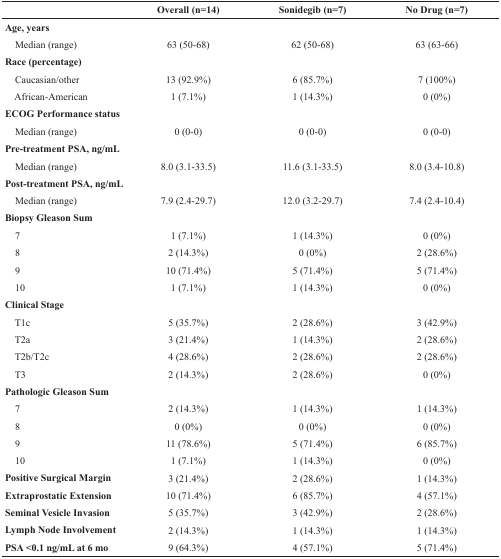
<table><thead><tr><td></td><td><b>Overall (n=14)</b></td><td><b>Sonidegib (n=7)</b></td><td><b>No Drug (n=7)</b></td></tr></thead><tbody><tr><td><b>Age, years</b></td><td></td><td></td><td></td></tr><tr><td> Median (range)</td><td>63 (50-68)</td><td>62 (50-68)</td><td>63 (63-66)</td></tr><tr><td><b>Race (percentage)</b></td><td></td><td></td><td></td></tr><tr><td> Caucasian/other</td><td>13 (92.9%)</td><td>6 (85.7%)</td><td>7 (100%)</td></tr><tr><td> African-American</td><td>1 (7.1%)</td><td>1 (14.3%)</td><td>0 (0%)</td></tr><tr><td><b>ECOG Performance status</b></td><td></td><td></td><td></td></tr><tr><td> Median (range)</td><td>0 (0-0)</td><td>0 (0-0)</td><td>0 (0-0)</td></tr><tr><td><b>Pre-treatment PSA, ng/mL</b></td><td></td><td></td><td></td></tr><tr><td> Median (range)</td><td>8.0 (3.1-33.5)</td><td>11.6 (3.1-33.5)</td><td>8.0 (3.4-10.8)</td></tr><tr><td><b>Post-treatment PSA, ng/mL</b></td><td></td><td></td><td></td></tr><tr><td> Median (range)</td><td>7.9 (2.4-29.7)</td><td>12.0 (3.2-29.7)</td><td>7.4 (2.4-10.4)</td></tr><tr><td><b>Biopsy Gleason Sum</b></td><td></td><td></td><td></td></tr><tr><td> 7</td><td>1 (7.1%)</td><td>1 (14.3%)</td><td>0 (0%)</td></tr><tr><td> 8</td><td>2 (14.3%)</td><td>0 (0%)</td><td>2 (28.6%)</td></tr><tr><td> 9</td><td>10 (71.4%)</td><td>5 (71.4%)</td><td>5 (71.4%)</td></tr><tr><td> 10</td><td>1 (7.1%)</td><td>1 (14.3%)</td><td>0 (0%)</td></tr><tr><td><b>Clinical Stage</b></td><td></td><td></td><td></td></tr><tr><td> T1c</td><td>5 (35.7%)</td><td>2 (28.6%)</td><td>3 (42.9%)</td></tr><tr><td> T2a</td><td>3 (21.4%)</td><td>1 (14.3%)</td><td>2 (28.6%)</td></tr><tr><td> T2b/T2c</td><td>4 (28.6%)</td><td>2 (28.6%)</td><td>2 (28.6%)</td></tr><tr><td> T3</td><td>2 (14.3%)</td><td>2 (28.6%)</td><td>0 (0%)</td></tr><tr><td><b>Pathologic Gleason Sum</b></td><td></td><td></td><td></td></tr><tr><td> 7</td><td>2 (14.3%)</td><td>1 (14.3%)</td><td>1 (14.3%)</td></tr><tr><td> 8</td><td>0 (0%)</td><td>0 (0%)</td><td>0 (0%)</td></tr><tr><td> 9</td><td>11 (78.6%)</td><td>5 (71.4%)</td><td>6 (85.7%)</td></tr><tr><td> 10</td><td>1 (7.1%)</td><td>1 (14.3%)</td><td>0 (0%)</td></tr><tr><td><b>Positive Surgical Margin</b></td><td>3 (21.4%)</td><td>2 (28.6%)</td><td>1 (14.3%)</td></tr><tr><td><b>Extraprostatic Extension</b></td><td>10 (71.4%)</td><td>6 (85.7%)</td><td>4 (57.1%)</td></tr><tr><td><b>Seminal Vesicle Invasion</b></td><td>5 (35.7%)</td><td>3 (42.9%)</td><td>2 (28.6%)</td></tr><tr><td><b>Lymph Node Involvement</b></td><td>2 (14.3%)</td><td>1 (14.3%)</td><td>1 (14.3%)</td></tr><tr><td><b>PSA &lt;0.1 ng/mL at 6 mo</b></td><td>9 (64.3%)</td><td>4 (57.1%)</td><td>5 (71.4%)</td></tr></tbody></table>